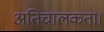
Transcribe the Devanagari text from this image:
अतिचालकता।